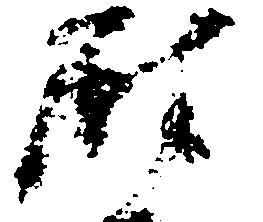
尉